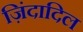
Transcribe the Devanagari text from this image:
ज़िंदादिल